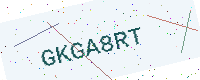
Text: GKGA8RT